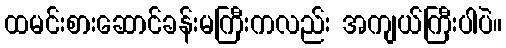
ထမင်းစားဆောင်ခန်းမကြီးကလည်း အကျယ်ကြီးပါပဲ။